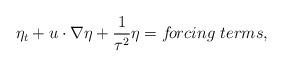
LaTeX: \begin{align*}\eta_t + u\cdot\nabla\eta + \frac{1}{\tau^2}\eta = f{\!}orcing\ terms,\end{align*}